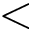
<